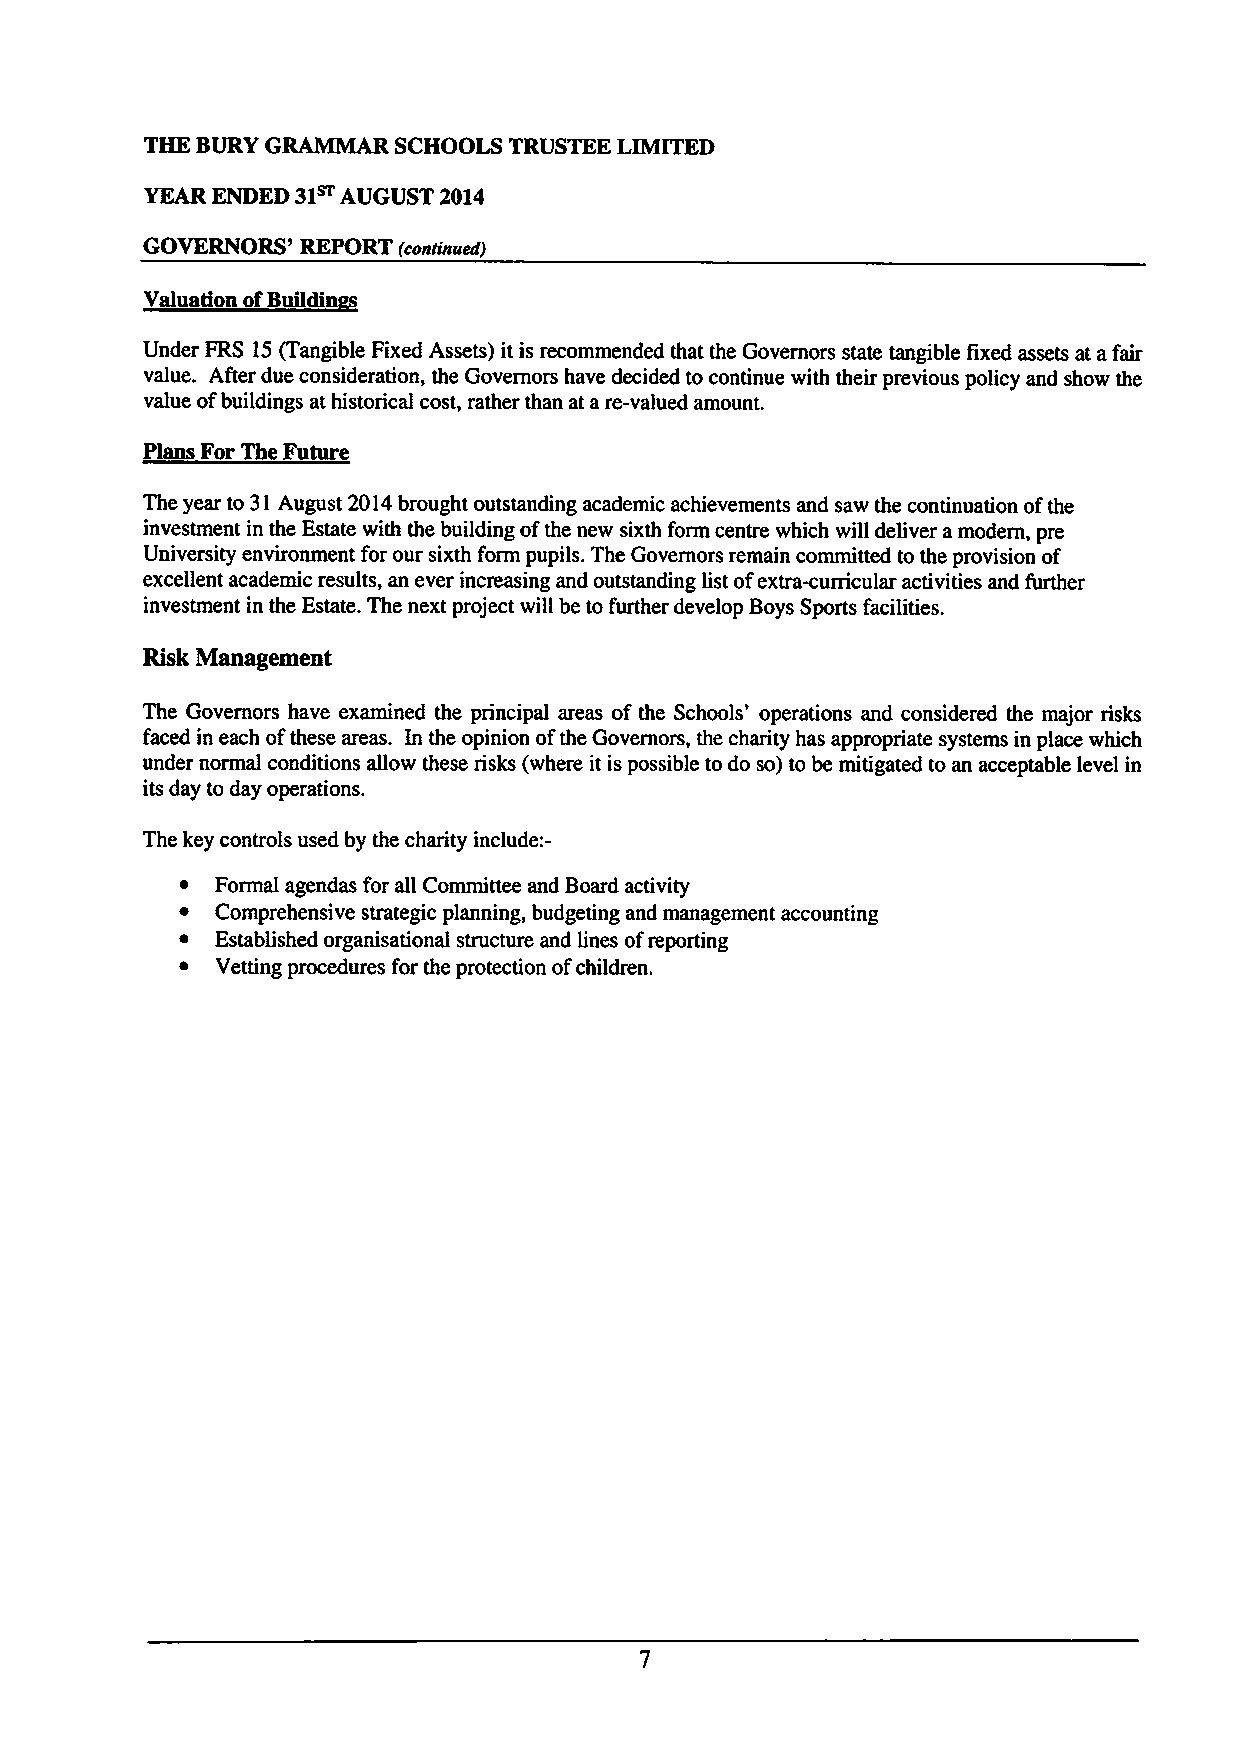
THE BURYGRAMMAR SCHOOLS TRUSTEE LIMITED
 31~
 YEAR ENDED   AUGUST 2014
 GOVERNORS' REPORT (continued)
 Valuation ofBuildin
 Under FRS 15(Tangible Fixed Assets) it is recommended that the Governors state tangible fixed assets at afair
 value. After due consideration, the Governors have decided to continue with their previous policy and show the
 value ofbuildings at historical cost, rather than at are-valued amount.
 Plans For The Future
 The year to 31August 2014brought outstanding academic achievements and saw the continuation ofthe
 investment in the Estate with the building ofthe new sixth form centre which will deliver amodern, pre
 University environment for our sixth form pupils. The Governors remain committed to the provision of
 excellent academic results, an ever increasing and outstanding list ofextra-curricular activities and further
 investment in the Estate. The next project will be to further develop Boys Sports facilities.
 Risk Management
 The Governors have examined the principal areas of the Schools' operations and considered the major risks
 faced in each ofthese areas. In the opinion ofthe Governors, the charity has appropriate systems in place which
 under normal conditions allow these risks (where it is possible to do so) to be mitigated to an acceptable level in
 its day to day operations.
 The key controls used by the charity include:—
 ~ Formal agendas for all Committee and Board activity
 ~ Comprehensive strategic planning, budgeting and management accounting
 ~ Established organisational structure and lines ofreporting
 Vetting procedures for the protection ofchildren.